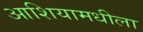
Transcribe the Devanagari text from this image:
आशियामधीला